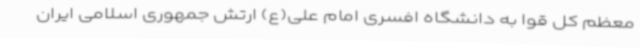
معظم کل قوا به دانشگاه افسری امام علی(ع) ارتش جمهوری اسلامی ایران